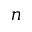
n